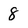
Character: 8